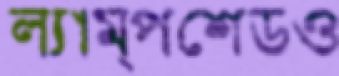
ল্যাম্পশেডও